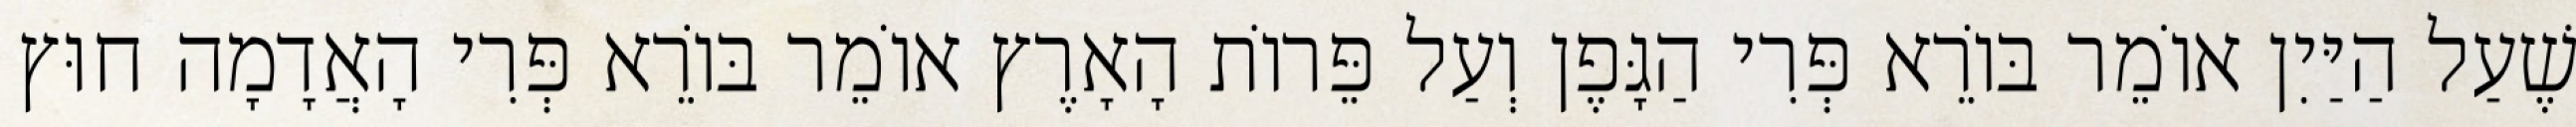
שֶׁעַל הַיַּיִן אוֹמֵר בּוֹרֵא פְּרִי הַגָּפֶן וְעַל פֵּרוֹת הָאָרֶץ אוֹמֵר בּוֹרֵא פְּרִי הָאֲדָמָה חוּץ